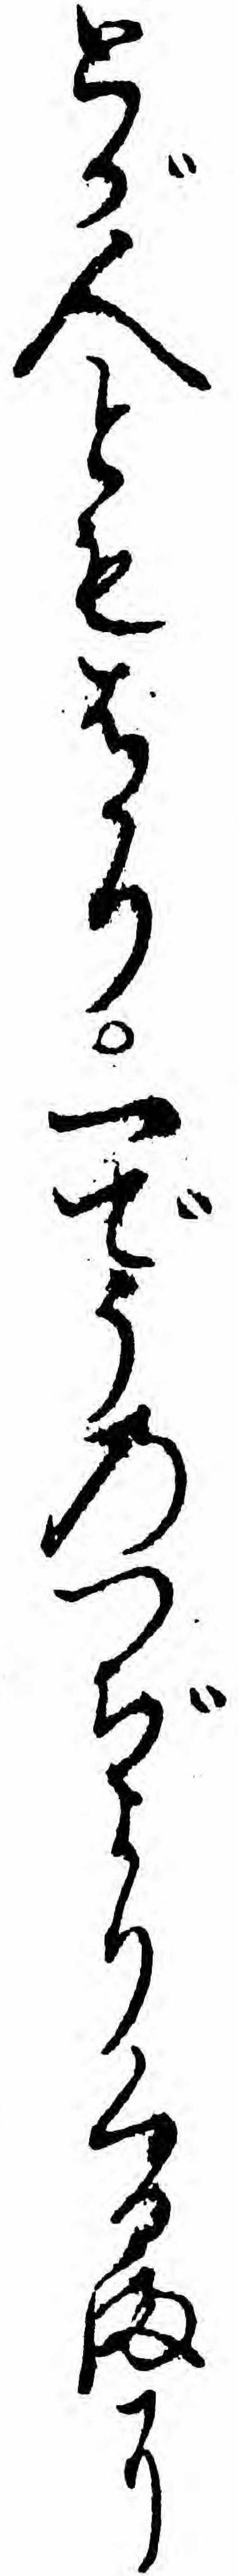
とが人ともはかり一でうのつぢよりくるまに